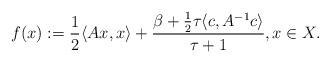
LaTeX: \begin{align*}f(x):=\frac{1}{2}\langle Ax,x\rangle+\frac{\beta+\frac{1}{2}\tau\langle c,A^{-1}c\rangle}{\tau+1}, x\in X. \end{align*}